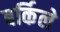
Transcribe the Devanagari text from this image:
बर्किले